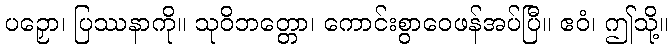
ပဉှော၊ ပြဿနာကို။ သုဝိဘတ္တော၊ ကောင်းစွာဝေဖန်အပ်ပြီ။ ဧဝံ၊ ဤသို့။